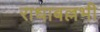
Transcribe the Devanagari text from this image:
राधाबल्लभी